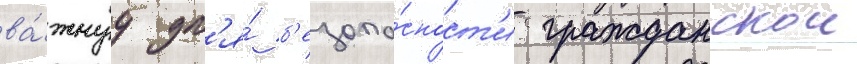
ва́жнуу дл'я́ б'езопа́сност'и гражданскои